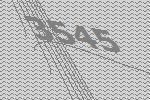
3545